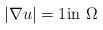
LaTeX: \begin{align*}|\nabla u|=1 \mbox{in} \ \Omega\end{align*}